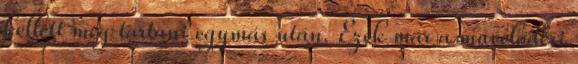
kellett még tartani egymás után. Ezek már a művelődési